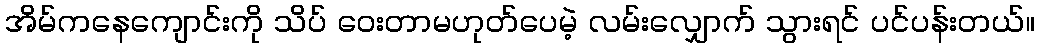
အိမ်ကနေကျောင်းကို သိပ် ဝေးတာမဟုတ်ပေမဲ့ လမ်းလျှောက် သွားရင် ပင်ပန်းတယ်။